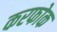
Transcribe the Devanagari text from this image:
करफोक